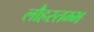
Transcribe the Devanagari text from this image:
लौहस्तम्भ